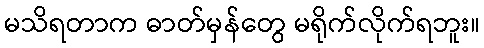
မသိရတာက ဓာတ်မှန်တွေ မရိုက်လိုက်ရဘူး။